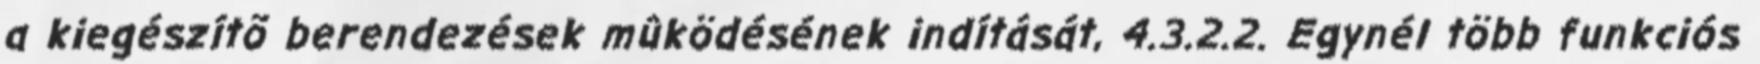
a kiegészítõ berendezések mûködésének indítását, 4.3.2.2. Egynél több funkciós